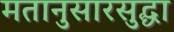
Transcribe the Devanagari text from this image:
मतानुसारसुद्धा